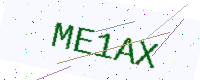
Text: ME1AX